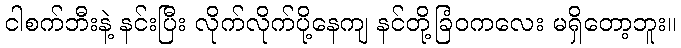
ငါစက်ဘီးနဲ့ နင်းပြီး လိုက်လိုက်ပို့နေကျ နင်တို့ခြံဝကလေး မရှိတော့ဘူး။